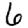
Digit: 6